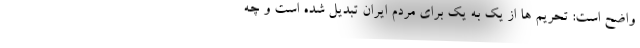
واضح است: تحریم ها از یک به یک برای مردم ایران تبدیل شده است و چه